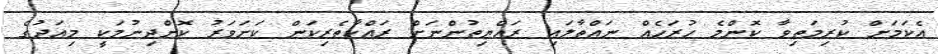
އެކަމަށް ކުރިމަތިވާ ކޮންމެ ހުރަހެއް ނައްތާލައި ރައްޔިތުންނަށް ރައްކާތެރިކަން ކަށަވަރު ކޮށްދިނުމަކީ މިއަދުގެ